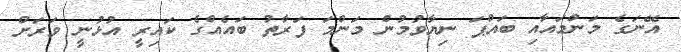
އޭނަގެ މަންމައާއި ބައްޕަ ނިޔާވުމުން މަންމަ ފަރާތު ބައެއްގެ ކައިރީ އުޅުނީ ވަރަށް